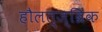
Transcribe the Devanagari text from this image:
हौलत्ज्ब्रिंक